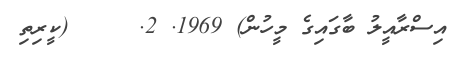
އިސްރާއީލު ބާގައިގެ މީހުން) 1969. 2.     (ކީރިތި